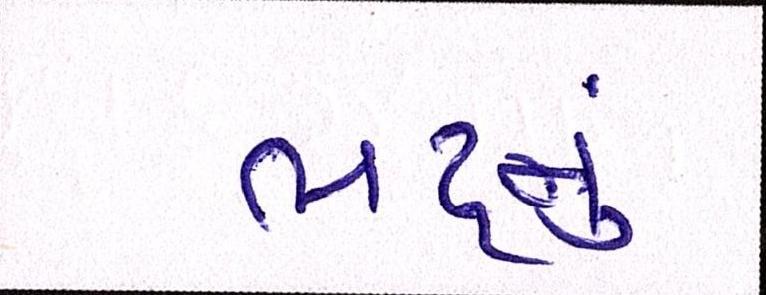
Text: ભટ્ટનું